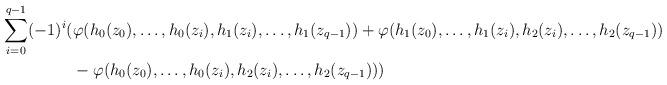
LaTeX: \begin{align*} \sum_{i=0}^{q-1}(-1)^i( &\varphi(h_0(z_0),\ldots,h_0(z_i),h_1(z_i),\ldots,h_1(z_{q-1}))+\varphi(h_1(z_0),\ldots,h_1(z_i),h_2(z_i),\ldots,h_2(z_{q-1}))\\ &-\varphi(h_0(z_0),\ldots,h_0(z_i),h_2(z_i),\ldots,h_2(z_{q-1}))) \end{align*}